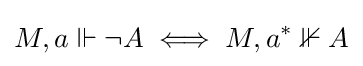
M,a\Vdash \lnot A\iff M,a^{*}\nVdash A